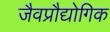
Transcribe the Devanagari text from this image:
जैवप्रौद्योगिक